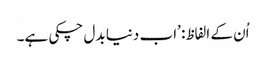
اُن کے الفاظ: ’اب دنیا بدل چکی ہے۔